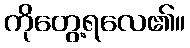
ကိုတွေ့ရလေ၏။